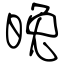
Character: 晚